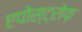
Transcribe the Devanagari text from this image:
एपोस्ट्रोफ़